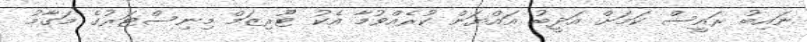
ނައިބު ރައީސް ކަމަށް އަދީބު އައްޔަން ކުރެއްވުމާ އެކު ޓޫރިޒަމް މިނިސްޓަރުގެ މަގާމު